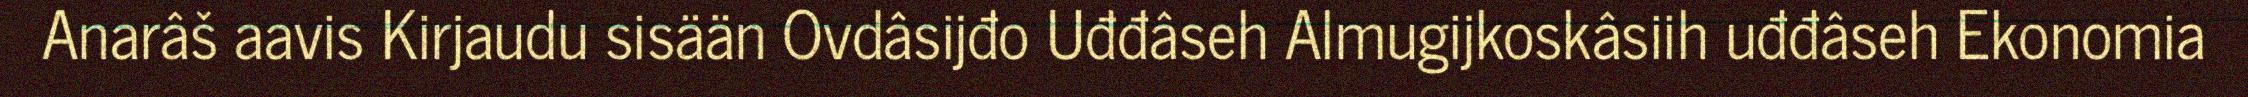
Anarâš aavis Kirjaudu sisään Ovdâsijđo Uđđâseh Almugijkoskâsiih uđđâseh Ekonomia